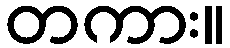
တကား။